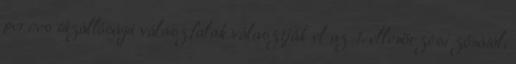
perces tûzállóságú válaszfalak választják el az 1. ellenõrzési zónától,